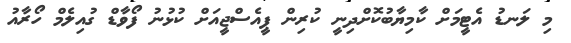
މި ލަނޑު އެޓީމަށް ކާމިޔާބުކޮށްދިނީ ކުރިން ޕީއެސްޖީއަށް ކުޅުނު ފޯވާޑް ގުއިލެމް ހޯރާއު